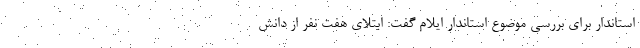
استاندار برای بررسی موضوع استاندار ایلام گفت: ابتلای هفت نفر از دانش